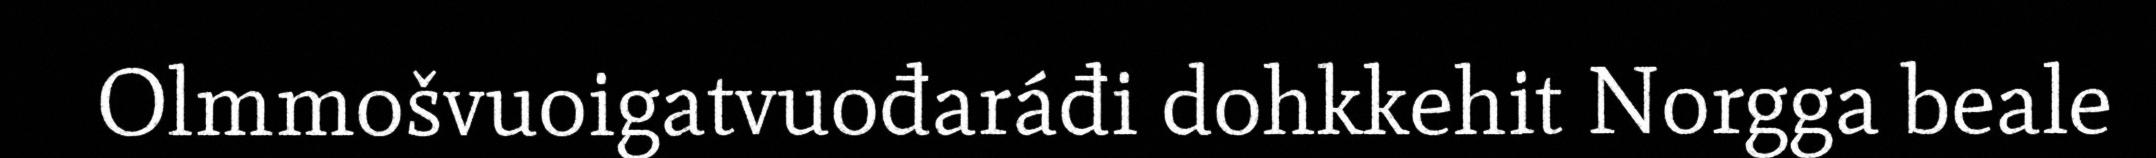
Olmmošvuoigatvuođaráđi dohkkehit Norgga beale